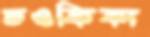
তওফিকা